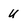
Character: U